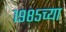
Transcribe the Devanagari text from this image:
१९८५च्या